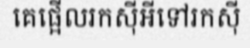
គេផ្អើលរកស៊ីអីទៅរកស៊ី